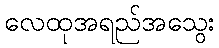
လေထုအရည်အသွေး